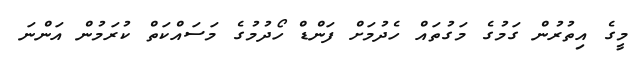
މީގެ އިތުރުން ގަމުގެ މަގުތައް ހެދުމަށް ފަންޑް ހޯދުމުގެ މަސައްކަތް ކުރަމުން އަންނަ